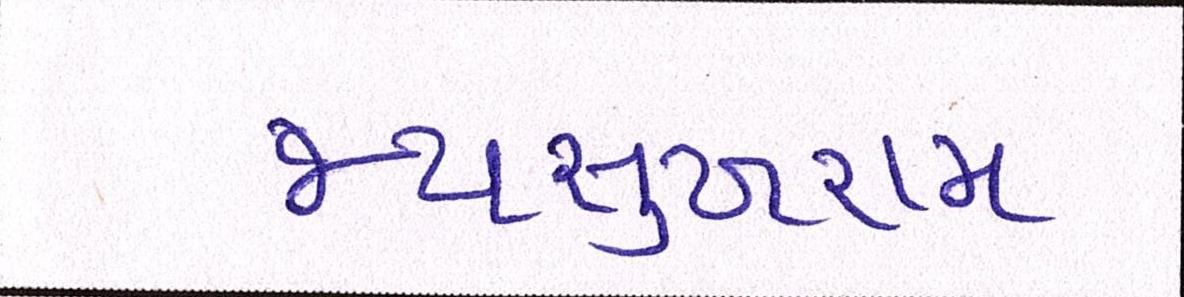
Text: જયસુખરામ